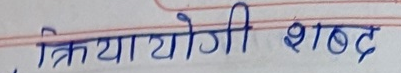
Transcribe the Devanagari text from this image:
क्रियायोगी शब्द